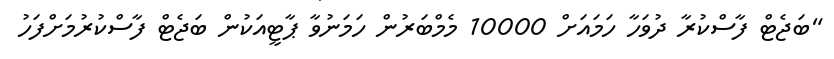
"ބަޖެޓް ފާސްކުރާ ދުވަހާ ހަމައަށް 10000 މެމްބަރުން ހަމަނުވާ ޕާޓީއަކުން ބަޖެޓް ފާސްކުރުމަށްފަހު